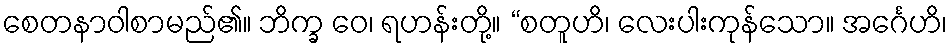
စေတနာဝါစာမည်၏။ ဘိက္ခ ဝေ၊ ရဟန်းတို့။ “စတူဟိ၊ လေးပါးကုန်သော။ အင်္ဂေဟိ၊